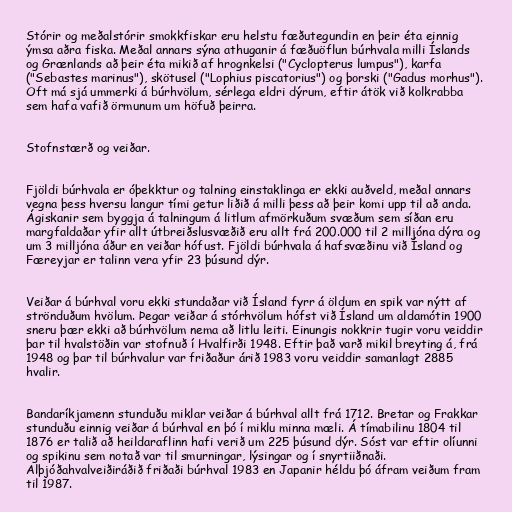
Stórir og meðalstórir smokkfiskar eru helstu fæðutegundin en þeir éta einnig
ýmsa aðra fiska. Meðal annars sýna athuganir á fæðuöflun búrhvala milli Íslands
og Grænlands að þeir éta mikið af hrognkelsi ("Cyclopterus lumpus"), karfa
("Sebastes marinus"), skötusel ("Lophius piscatorius") og þorski ("Gadus morhus").
Oft má sjá ummerki á búrhvölum, sérlega eldri dýrum, eftir átök við kolkrabba
sem hafa vafið örmunum um höfuð þeirra.

Stofnstærð og veiðar.

Fjöldi búrhvala er óþekktur og talning einstaklinga er ekki auðveld, meðal annars
vegna þess hversu langur tími getur liðið á milli þess að þeir komi upp til að anda.
Ágiskanir sem byggja á talningum á litlum afmörkuðum svæðum sem síðan eru
margfaldaðar yfir allt útbreiðslusvæðið eru allt frá 200.000 til 2 milljóna dýra og
um 3 milljóna áður en veiðar hófust. Fjöldi búrhvala á hafsvæðinu við Ísland og
Færeyjar er talinn vera yfir 23 þúsund dýr.

Veiðar á búrhval voru ekki stundaðar við Ísland fyrr á öldum en spik var nýtt af
strönduðum hvölum. Þegar veiðar á stórhvölum hófst við Ísland um aldamótin 1900
sneru þær ekki að búrhvölum nema að litlu leiti. Einungis nokkrir tugir voru veiddir
þar til hvalstöðin var stofnuð í Hvalfirði 1948. Eftir það varð mikil breyting á, frá
1948 og þar til búrhvalur var friðaður árið 1983 voru veiddir samanlagt 2885
hvalir.

Bandaríkjamenn stunduðu miklar veiðar á búrhval allt frá 1712. Bretar og Frakkar
stunduðu einnig veiðar á búrhval en þó í miklu minna mæli. Á tímabilinu 1804 til
1876 er talið að heildaraflinn hafi verið um 225 þúsund dýr. Sóst var eftir olíunni
og spikinu sem notað var til smurningar, lýsingar og í snyrtiiðnaði.
Alþjóðahvalveiðiráðið friðaði búrhval 1983 en Japanir héldu þó áfram veiðum fram
til 1987.